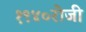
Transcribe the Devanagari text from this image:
१९४०रोजी